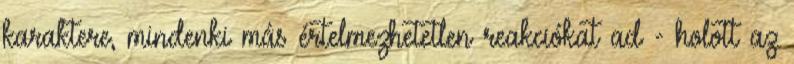
karaktere, mindenki más értelmezhetetlen reakciókat ad - holott az